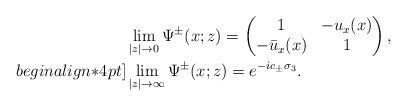
LaTeX: \begin{align*}&\lim _{|z| \rightarrow 0} \Psi^{\pm}(x;z) =\begin{pmatrix}1 &-u_x(x)\\-\bar{u}_x(x)&1\end{pmatrix},\\begin{align*}4pt]&\lim_{|z| \rightarrow \infty}\Psi^{\pm}(x;z)=e^{-ic_\pm\sigma_3}.\end{align*}